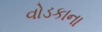
વોડકાના